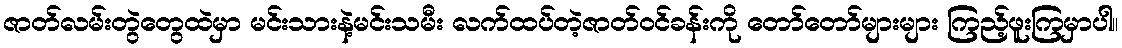
ဇာတ်လမ်းတွဲတွေထဲမှာ မင်းသားနဲ့မင်းသမီး လက်ထပ်တဲ့ဇာတ်ဝင်ခန်းကို တော်တော်များများ ကြည့်ဖူးကြမှာပါ။